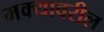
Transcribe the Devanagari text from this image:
मक्यावरील